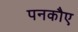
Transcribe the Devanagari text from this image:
पनकौए